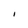
Character: I